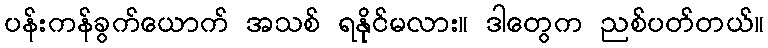
ပန်းကန်ခွက်ယောက် အသစ် ရနိုင်မလား။ ဒါတွေက ညစ်ပတ်တယ်။